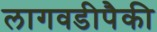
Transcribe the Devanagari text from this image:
लागवडीपैकी